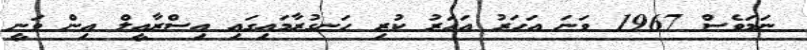
ނަމަވެސް 1967 ވަނަ އަހަރު އަހަރު ކުރި ހަނގުރާމައިގައި އިސްރާއީލް އިން ވަނީ